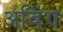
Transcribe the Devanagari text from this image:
अविंग